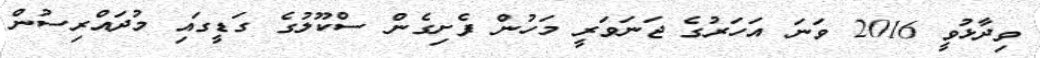
ވިދާޅުވީ 2016 ވަނަ އަހަރުގެ ޖަނަވަރީ މަހުން ފެށިގެން ސްކޫލުގެ ގަޑީގައި މުދައްރިސުން